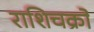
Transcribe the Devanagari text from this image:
राशिचक्रों